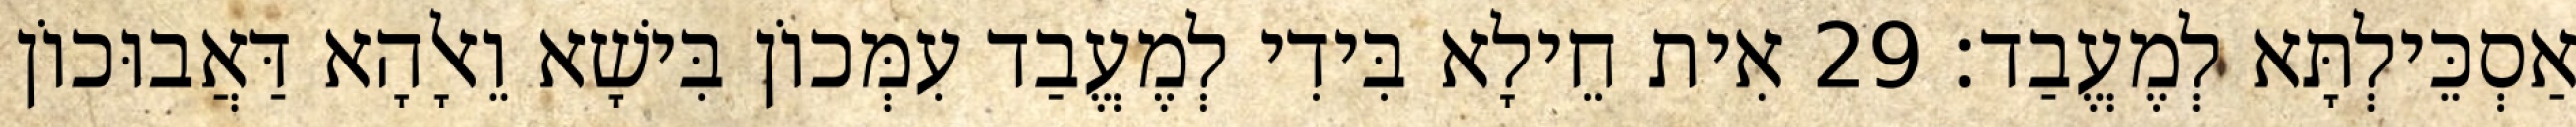
אַסְכֵּילְתָּא לְמֶעֱבַד׃ 29 אִית חֵילָא בִּידִי לְמֶעֱבַד עִמְּכוֹן בִּישָׁא וֵאלָהָא דַּאֲבוּכוֹן